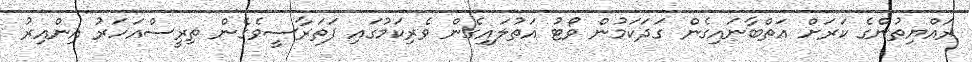
ރައްޔިތުންގެ ކަރަށް އަތްބާނައިގެން ގަދަކަމުން ވޯޓު އަތުލައިގެން ވެރިކަމުގައި ފަތަރާސީވެގެން ތިރީސްއަހަރު އިންއިރު